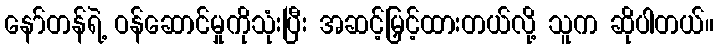
နော်တန်ရဲ့ ဝန်ဆောင်မှုကိုသုံးပြီး အဆင့်မြှင့်ထားတယ်လို့ သူက ဆိုပါတယ်။